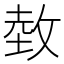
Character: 𱡛